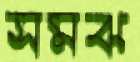
সমঝ